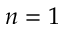
n = 1